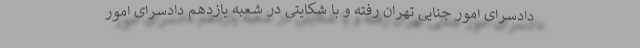
دادسرای امور جنایی تهران رفته و با شکایتی در شعبه یازدهم دادسرای امور